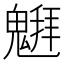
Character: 𱆞